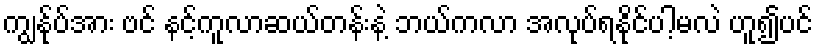
ကျွန်ုပ်အား ဗင် နင့်ကူလာဆယ်တန်းနဲ့ ဘယ်ကလာ အလုပ်ရနိုင်ပါ့မလဲ ဟူ၍ပင်